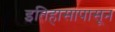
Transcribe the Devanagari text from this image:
इतिहासापासून